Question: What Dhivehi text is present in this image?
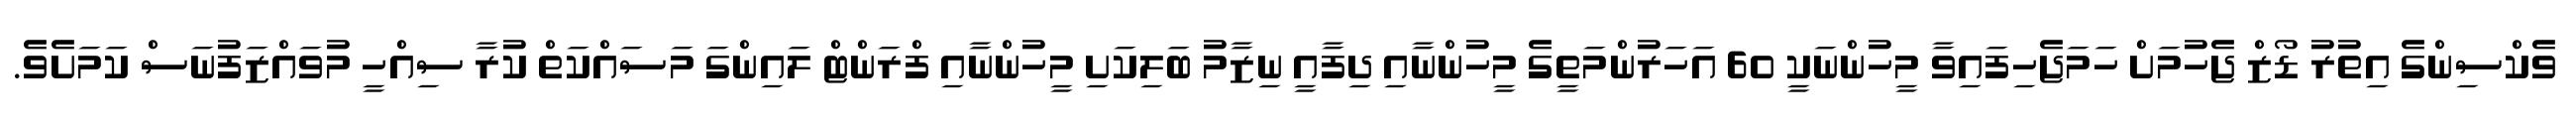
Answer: ވެކްސިންގެ އިތުރު ޑޯޒް ޖެހުމަށް ހަމަޖެހިފައިވާ މީހުންނަކީ 60 އަހަރުންމަތީގެ މީހުންނާއި ދިފާއީ ނިޒާމު ބަލިކަށި މީހުންނާއި ފްރަންޓް ލައިންގަ މަސައްކަތް ކުރާ ސިއްހީ މުވައްޒަފުނަސް ކަމަށެވެ.